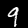
Label: 9